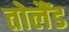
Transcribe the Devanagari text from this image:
तोलैंड